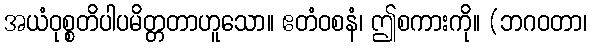
အယံဝုစ္စတိပါပမိတ္တတာဟူသော။ ဧတံဝစနံ၊ ဤစကားကို။ (ဘဂဝတာ၊